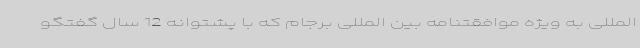
المللی به ویژه موافقتنامه بین المللی برجام که با پشتوانه 12 سال گفتگو